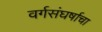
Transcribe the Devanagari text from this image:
वर्गसंघर्षाचा